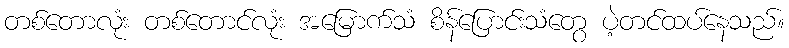
တစ်တောလုံး တစ်တောင်လုံး အမြောက်သံ စိန်ပြောင်းသံတွေ ပဲ့တင်ထပ်နေသည်။